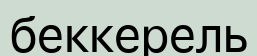
беккерель